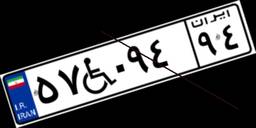
۶۴W۶۸۷۵۴